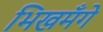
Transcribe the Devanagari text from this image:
भिखमँगे